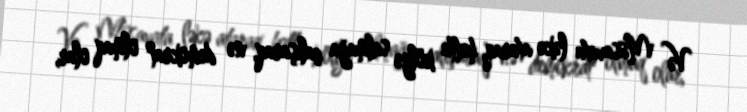
Və Müsavata ləkə ataraq, hətta kölgə salmağa çalışaraq, nə demokrat olmaq olar,